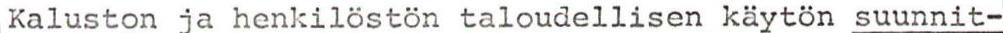
Kaluston ja henkilöstön taloudellisen käytön suunnit-